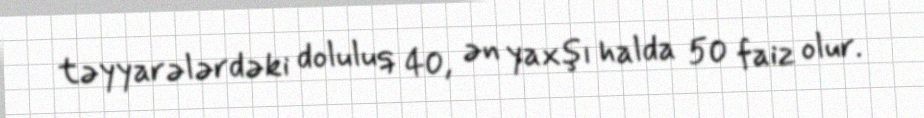
təyyarələrdəki doluluq 40, ən yaxşı halda 50 faiz olur.